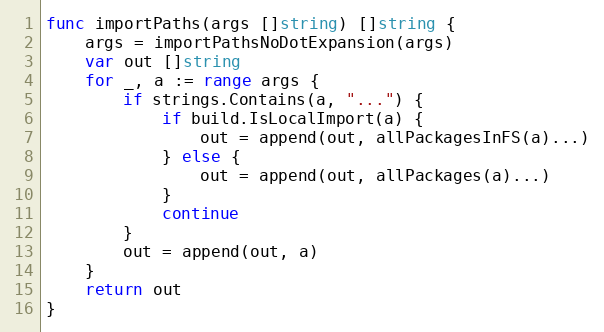
Language: Go
func importPaths(args []string) []string {
	args = importPathsNoDotExpansion(args)
	var out []string
	for _, a := range args {
		if strings.Contains(a, "...") {
			if build.IsLocalImport(a) {
				out = append(out, allPackagesInFS(a)...)
			} else {
				out = append(out, allPackages(a)...)
			}
			continue
		}
		out = append(out, a)
	}
	return out
}